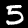
Digit: 5